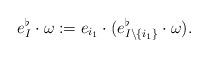
LaTeX: \begin{align*}e_{I}^{\flat} \cdot \omega := e_{i_1} \cdot (e^{\flat}_{I \backslash \{i_1 \}} \cdot \omega ). \end{align*}